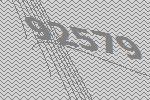
92579